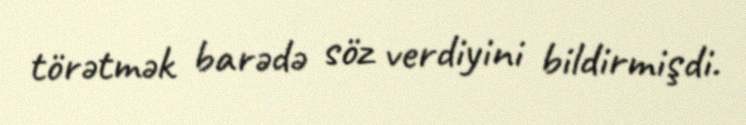
törətmək barədə söz verdiyini bildirmişdi.